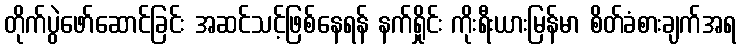
တိုက်ပွဲဖော်ဆောင်ခြင်း အဆင်သင့်ဖြစ်နေရန် နက်ရှိုင်း ကိုးရီးယားမြန်မာ စိတ်ခံစားချက်အရ